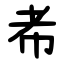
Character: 㠻